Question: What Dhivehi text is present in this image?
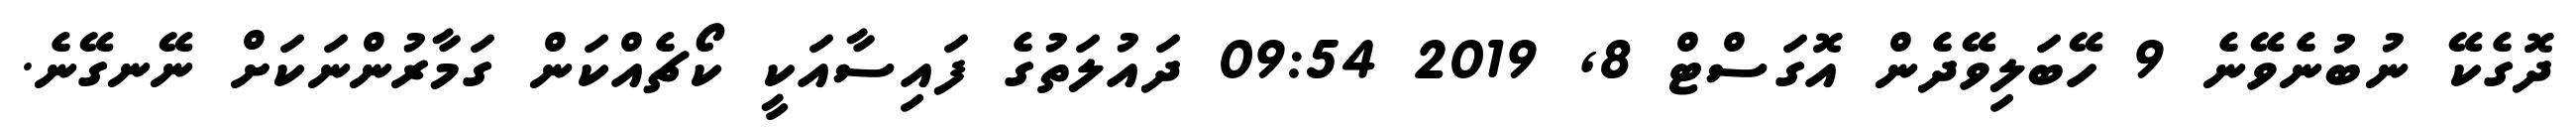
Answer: ދޮގެކޭ ނުބުނެވޭނެ 9 ހޭބަލިވޭދެން އޮގަސްޓް 8, 2019 09:54 ދައުލަތުގެ ފައިސާއަކީ ކޯޗެއްކަން ގަމާރުންނަކަށް ނޭނގޭނެ.